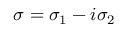
\sigma = \sigma _ { 1 } - i \sigma _ { 2 }